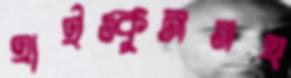
হাইস্কুলসহ